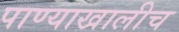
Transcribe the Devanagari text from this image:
पाण्याखालीच